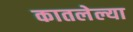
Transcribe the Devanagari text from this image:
कातलेल्या